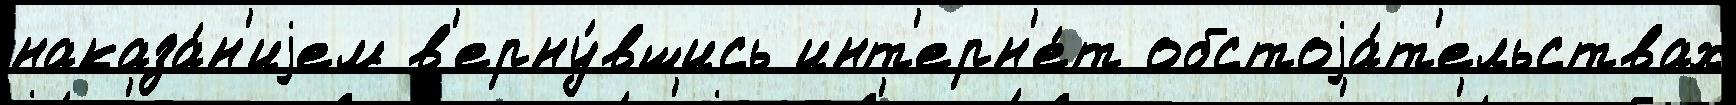
наказа́н'иjем в'ерну́вшись инт'ерн'е́т обстоjа́т'ельствах